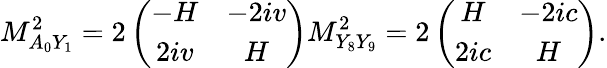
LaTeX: M_{A_{0}Y_{1}}^{2}=2\left(\begin{array}{cc}{{-H}}&{{-2iv}}\\ {{2iv}}&{{H}}\end{array}\right)M_{Y_{8}Y_{9}}^{2}=2\left(\begin{array}{cc}{{H}}&{{-2ic}}\\ {{2ic}}&{{H}}\end{array}\right).